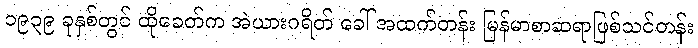
၁၉၃၉ ခုနှစ်တွင် ထိုခေတ်က အဲယားဂရိတ် ခေါ် အထက်တန်း မြန်မာစာဆရာဖြစ်သင်တန်း